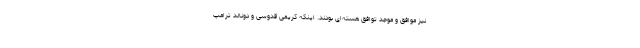
نیز موافق و موجد توافق هسته‌ای بودند. اینکه کریمی قدوسی و دونالد ترامپ